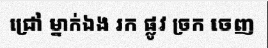
ជ្រៅ ម្នាក់ឯង រក ផ្លូវ ច្រក ចេញ